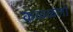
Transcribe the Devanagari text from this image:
कळ्ळलो